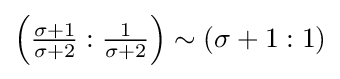
\left({\tfrac {\sigma +1}{\sigma +2}}:{\tfrac {1}{\sigma +2}}\right)\sim (\sigma +1:1)